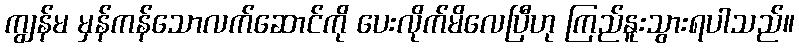
ကျွန်မ မှန်ကန်သောလက်ဆောင်ကို ပေးလိုက်မိလေပြီဟု ကြည်နူးသွားရပါသည်။